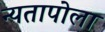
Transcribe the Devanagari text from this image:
न्यतापोला